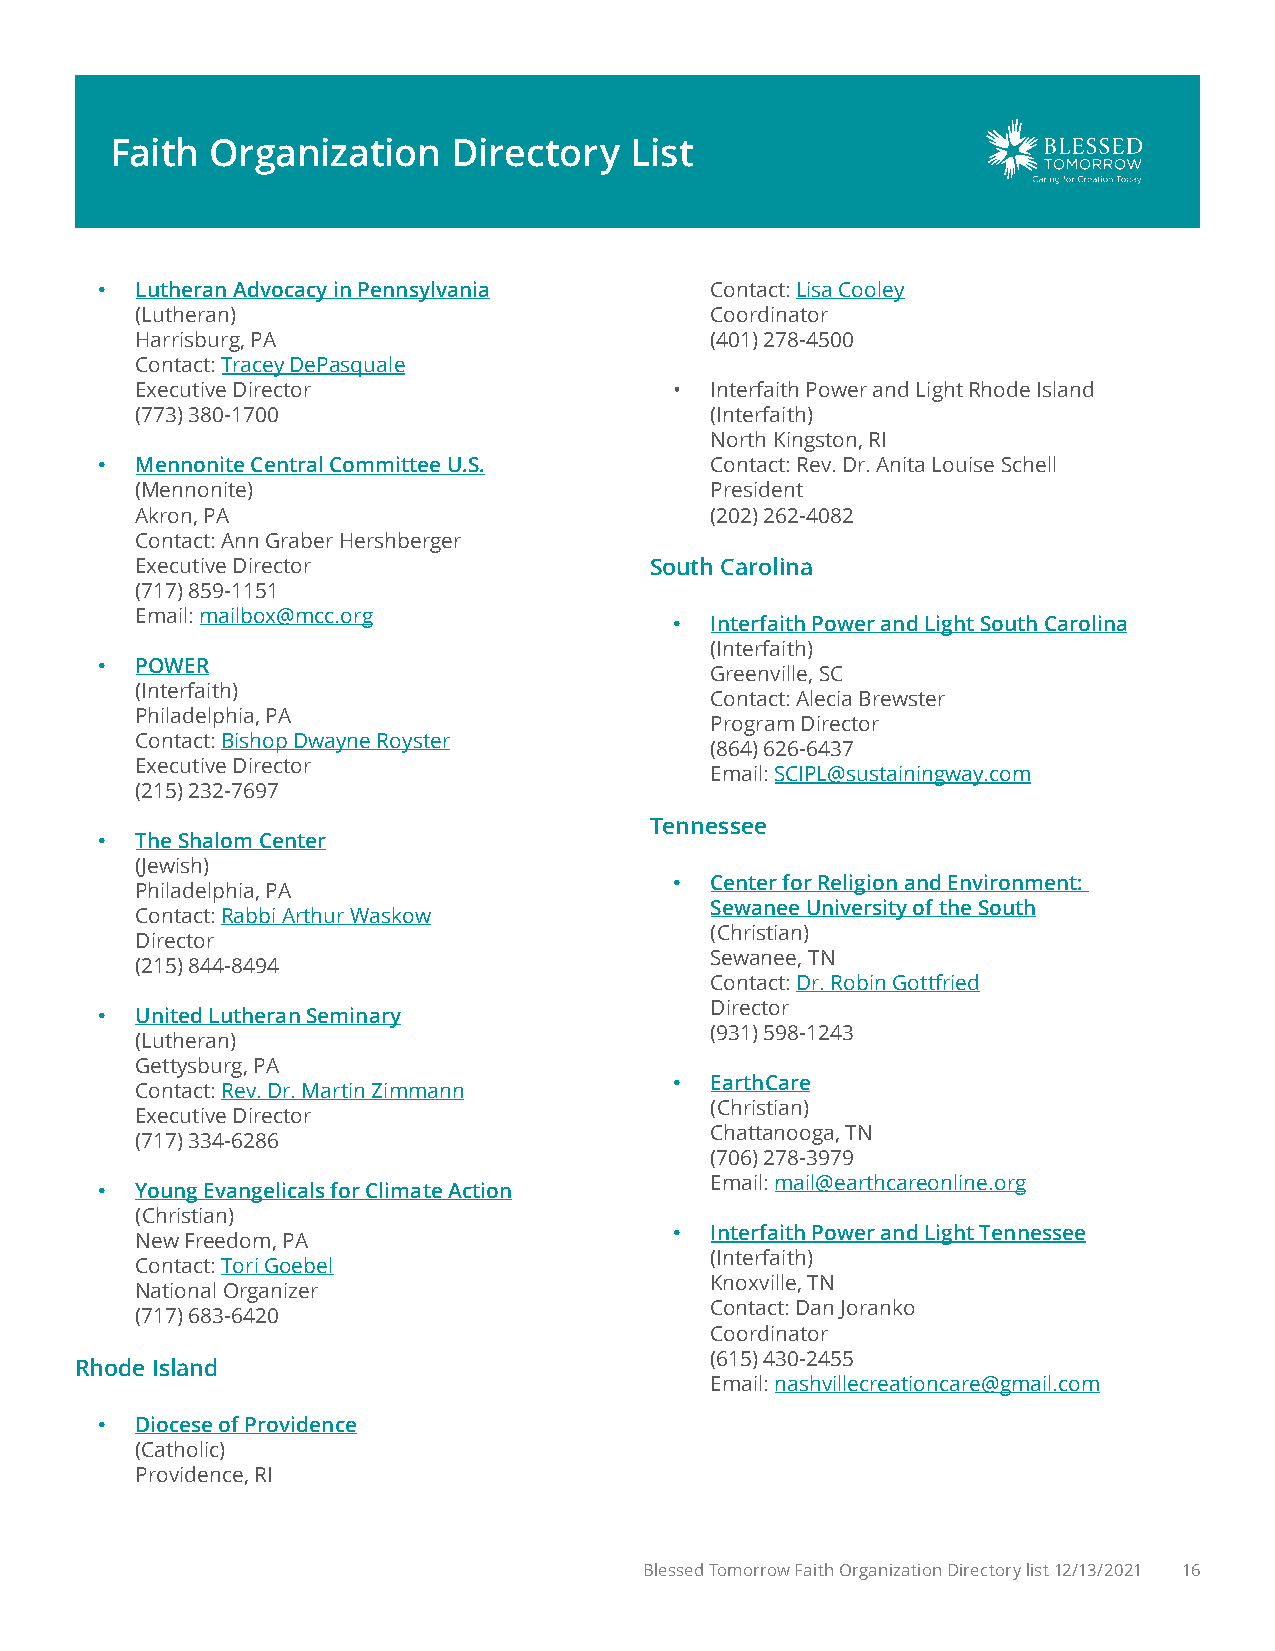
Faith  Organization    Directory   List
 •  Lutheran Advocacy in Pennsylvania     Contact: Lisa Cooley
 (Lutheran)                            Coordinator
 Harrisburg, PA                        (401) 278-4500
 Contact: Tracey DePasquale
 Executive Director                  • Interfaith Power and Light Rhode Island
 (773) 380-1700                        (Interfaith)
 North Kingston, RI
 •  Mennonite Central Committee U.S.      Contact: Rev. Dr. Anita Louise Schell
 (Mennonite)                           President
 Akron, PA                             (202) 262-4082
 Contact: Ann Graber Hershberger
 Executive Director                South Carolina
 (717) 859-1151
 Email: mailbox@mcc.org
 • Interfaith Power and Light South Carolina
 (Interfaith)
 •  POWER
 Greenville, SC
 (Interfaith)
 Contact: Alecia Brewster
 Philadelphia, PA
 Program Director
 Contact: Bishop Dwayne Royster
 (864) 626-6437
 Executive Director
 Email: SCIPL@sustainingway.com
 (215) 232-7697
 Tennessee
 •  The Shalom Center
 (Jewish)
 • Center for Religion and Environment:
 Philadelphia, PA
 Sewanee University of the South
 Contact: Rabbi Arthur Waskow
 (Christian)
 Director
 Sewanee, TN
 (215) 844-8494
 Contact: Dr. Robin Gottfried
 Director
 •  United Lutheran Seminary
 (931) 598-1243
 (Lutheran)
 Gettysburg, PA
 • EarthCare
 Contact: Rev. Dr. Martin Zimmann
 (Christian)
 Executive Director
 Chattanooga, TN
 (717) 334-6286
 (706) 278-3979
 Email: mail@earthcareonline.org
 •  Young Evangelicals for Climate Action
 (Christian)
 • Interfaith Power and Light Tennessee
 New Freedom, PA
 (Interfaith)
 Contact: Tori Goebel
 Knoxville, TN
 National Organizer
 Contact: Dan Joranko
 (717) 683-6420
 Coordinator
 (615) 430-2455
 Rhode Island
 Email: nashvillecreationcare@gmail.com
 •  Diocese of Providence
 (Catholic)
 Providence, RI
 Blessed Tomorrow Faith Organization Directory list 12/13/2021 16